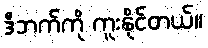
ဒီဘက်ကို ကူးနိုင်တယ်။